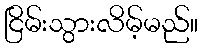
ငြိမ်းသွားလိမ့်မည်။